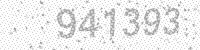
Solution: 941393